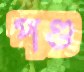
পণ্ড